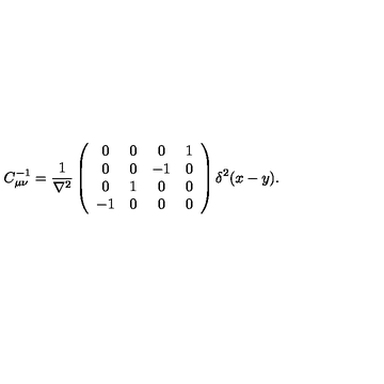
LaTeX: C _ { \mu \nu } ^ { - 1 } = \frac { 1 } { \nabla ^ { 2 } } \left( \begin{array} { c c c c } { 0 } & { 0 } & { 0 } & { 1 } \\ { 0 } & { 0 } & { - 1 } & { 0 } \\ { 0 } & { 1 } & { 0 } & { 0 } \\ { - 1 } & { 0 } & { 0 } & { 0 } \\ \end{array} \right) \delta ^ { 2 } ( x - y ) .